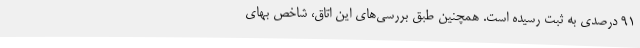
91 درصدی به ثبت رسیده است. همچنین طبق بررسی‌های این اتاق، شاخص بهای